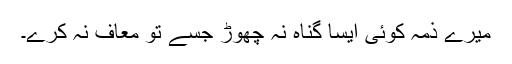
میرے ذمہ کوئی ایسا گناہ نہ چھوڑ جسے تو معاف نہ کرے۔